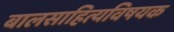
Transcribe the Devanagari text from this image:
बालसाहित्यविषयक